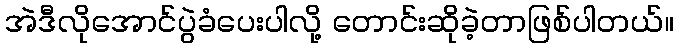
အဲဒီလိုအောင်ပွဲခံပေးပါလို့ တောင်းဆိုခဲ့တာဖြစ်ပါတယ်။